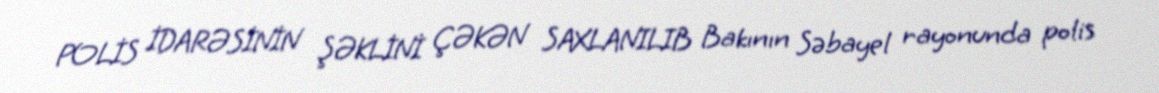
POLİS İDARƏSİNİN ŞƏKLİNİ ÇƏKƏN SAXLANILIB Bakının Səbayel rayonunda polis